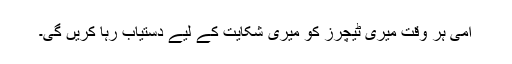
امی ہر وقت میری ٹیچرز کو میری شکایت کے لیے دستیاب رہا کریں گی۔